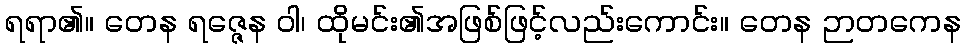
ရရာ၏။ တေန ရဇ္ဇေန ဝါ၊ ထိုမင်း၏အဖြစ်ဖြင့်လည်းကောင်း။ တေန ဉာတကေန